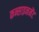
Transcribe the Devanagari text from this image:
कन्साइनमेंट